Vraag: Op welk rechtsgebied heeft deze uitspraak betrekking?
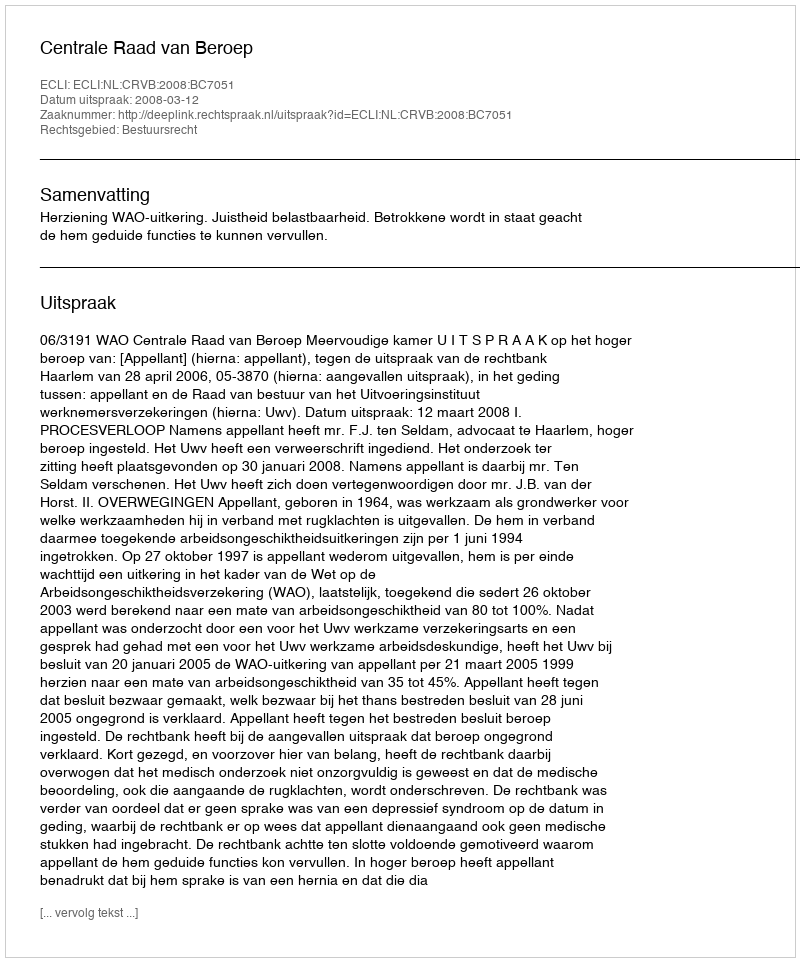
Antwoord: Bestuursrecht